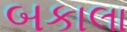
બકાલા